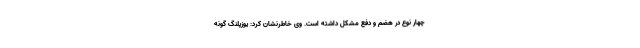
چهار نوع در هضم و دفع مشکل داشته‌ است. وی خاطرنشان کرد: یوزپلنگ گونه